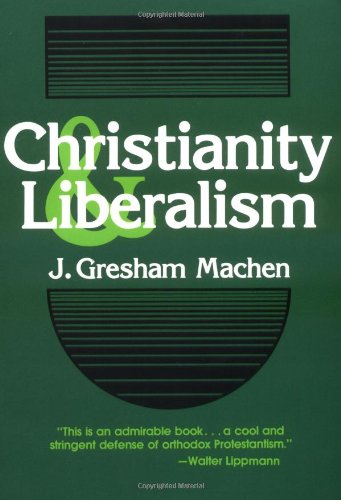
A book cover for Christianity and Liberalism; J. Gresham Machen; Christian Books & Bibles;